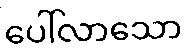
ပေါ်လာသော